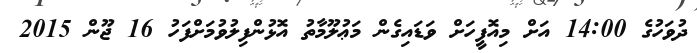
ދުވަހުގެ 14:00 އަށް މިއޮފީހަށް ވަޑައިގެން މަޢުލޫމާތު އޮޅުންފިލުވުމަށްފަހު 16 ޖޫން 2015